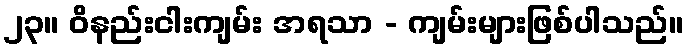
၂၃။ ဝိနည်းငါးကျမ်း အရသာ - ကျမ်းများဖြစ်ပါသည်။